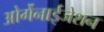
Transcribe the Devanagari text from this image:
ओर्गेनाईजेशन